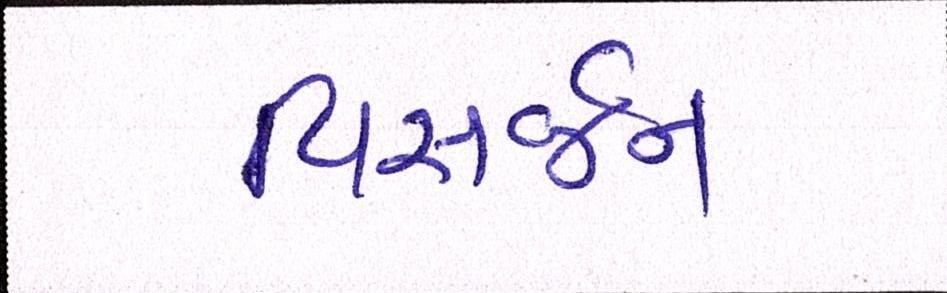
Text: વિસર્જન